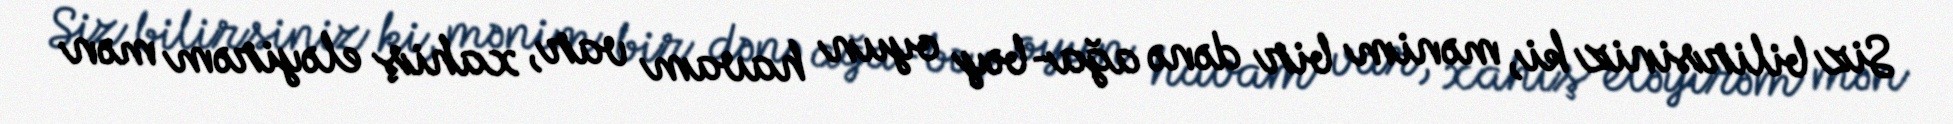
Siz bilirsiniz ki, mənim bir dənə ağa-bəy oyun havam var, xahiş eləyirəm mən